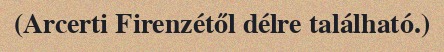
(Arcerti Firenzétől délre található.)